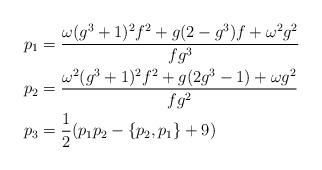
LaTeX: \begin{align*}p_1 &= \frac{\omega (g^3+1)^2f^2 + g(2-g^3)f + \omega^2 g^2}{fg^3}\\p_2 &= \frac{\omega^2 (g^3+1)^2f^2 + g(2g^3-1) + \omega g^2}{fg^2}\\p_3 &= \frac{1}{2}(p_1p_2 - \{p_2,p_1\}+9)\end{align*}